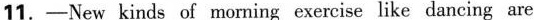
11.-New kinds of morning exercise like dancing are